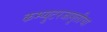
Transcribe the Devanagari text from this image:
कम्प्युटरजागृतीचा